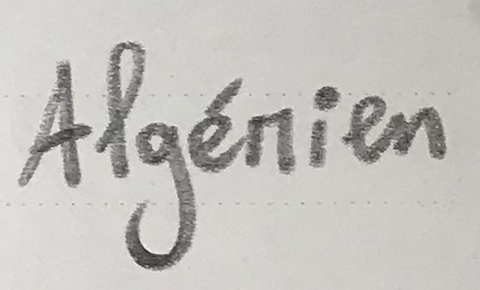
Algérien